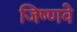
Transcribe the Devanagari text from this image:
जिष्णवे